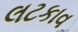
લટકાવ